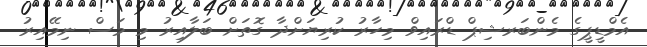
އެމްޑީޕީގެ މެންބަރޝިޕް ޑްރައިވް މިހާރު ކުރިޔަށްދާ ގޮތަށް ބަލާއިރު މި މަސް ނިމޭއިރު